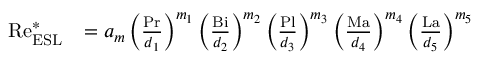
\begin{array} { r l } { \mathrm { R e } _ { \mathrm { E S L } } ^ { \ast } } & { = a _ { m } \left( \frac { \mathrm { P r } } { d _ { 1 } } \right) ^ { m _ { 1 } } \left( \frac { \mathrm { B i } } { d _ { 2 } } \right) ^ { m _ { 2 } } \left( \frac { \mathrm { P l } } { d _ { 3 } } \right) ^ { m _ { 3 } } \left( \frac { \mathrm { M a } } { d _ { 4 } } \right) ^ { m _ { 4 } } \left( \frac { \mathrm { L a } } { d _ { 5 } } \right) ^ { m _ { 5 } } } \end{array}